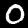
Digit: 0